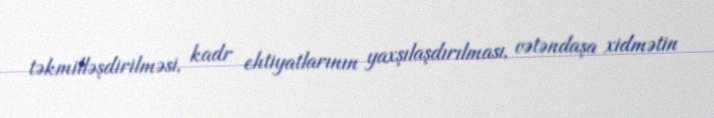
təkmilləşdirilməsi, kadr ehtiyatlarının yaxşılaşdırılması, vətəndaşa xidmətin